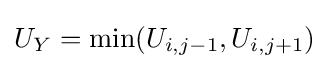
U_{Y}=\min(U_{i,j-1},U_{i,j+1})